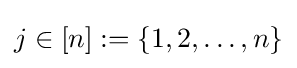
j\in [n]:=\{1,2,\dots ,n\}